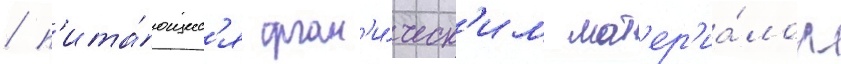
/ п'ита́ющиес'я орган'и́ческ'им мат'ер'иа́лом